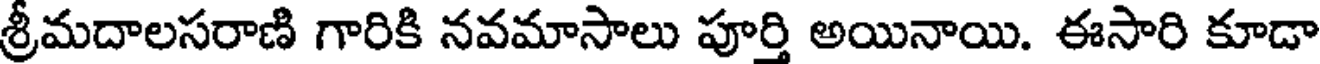
శ్రీమదాలసరాణి గారికి నవమాసాలు పూర్తి అయినాయి. ఈసారి కూడా